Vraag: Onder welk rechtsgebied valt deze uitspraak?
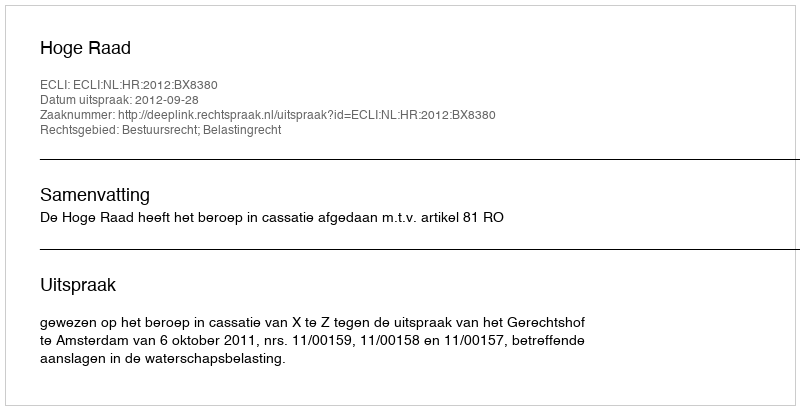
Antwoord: Bestuursrecht; Belastingrecht